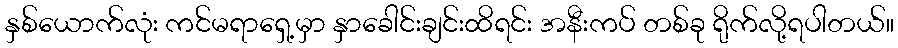
နှစ်ယောက်လုံး ကင်မရာရှေ့မှာ နှာခေါင်းချင်းထိရင်း အနီးကပ် တစ်ခု ရိုက်လို့ရပါတယ်။